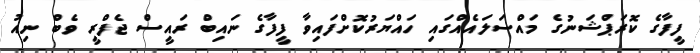
ފީފާގެ ކޮރަޕްޝަނުގެ މައްސަލައެއްގައި ހައްޔަރުކޮށްފައިވާ ފީފާގެ ނައިބް ރައީސް ޖެފްރީ ވެބް ނިއު